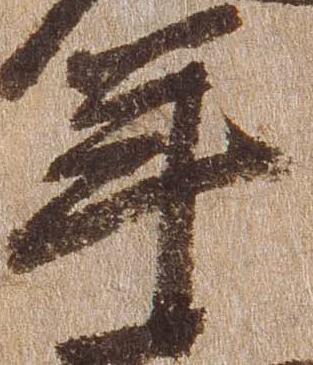
年